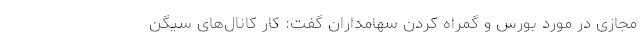
مجازی در مورد بورس و گمراه کردن سهامداران گفت: کار کانال‌های سیگن